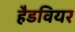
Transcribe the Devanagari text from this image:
हैडवियर